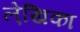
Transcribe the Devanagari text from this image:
ले़खिका